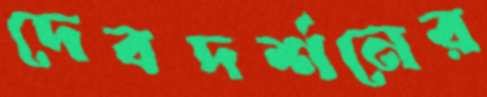
দেবদর্শনের